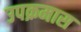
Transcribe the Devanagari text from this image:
उपक्रमास